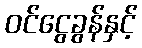
ဝင်ငွေခွန်နှင့်